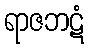
ရာဇဘဋံ